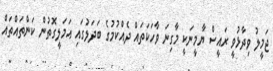
ޖަމީލު ވިދާޅުވީ ރައީސް ޔާމީނަކީ މާގިނަ ވާހަކަތައް ދެއްކުމުގެ ބަދަލުގައި އަމަލީގޮތުން ކަންތައްތައް